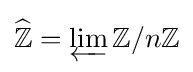
{\widehat {\mathbb {Z} }}=\varprojlim \mathbb {Z} /n\mathbb {Z}